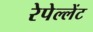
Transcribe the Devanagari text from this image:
रेपेल्लेंट